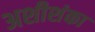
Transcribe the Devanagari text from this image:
अशीशंका